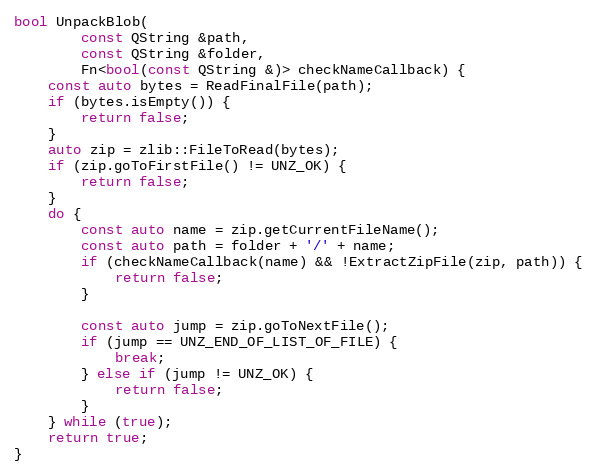
Language: C++
bool UnpackBlob(
		const QString &path,
		const QString &folder,
		Fn<bool(const QString &)> checkNameCallback) {
	const auto bytes = ReadFinalFile(path);
	if (bytes.isEmpty()) {
		return false;
	}
	auto zip = zlib::FileToRead(bytes);
	if (zip.goToFirstFile() != UNZ_OK) {
		return false;
	}
	do {
		const auto name = zip.getCurrentFileName();
		const auto path = folder + '/' + name;
		if (checkNameCallback(name) && !ExtractZipFile(zip, path)) {
			return false;
		}

		const auto jump = zip.goToNextFile();
		if (jump == UNZ_END_OF_LIST_OF_FILE) {
			break;
		} else if (jump != UNZ_OK) {
			return false;
		}
	} while (true);
	return true;
}